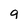
Character: g